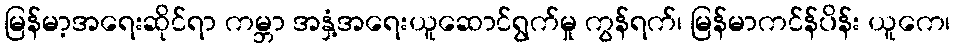
မြန်မာ့အရေးဆိုင်ရာ ကမ္ဘာ အနှံ့အရေးယူဆောင်ရွက်မှု ကွန်ရက်၊ မြန်မာကင်န်ပိန်း ယူကေ၊